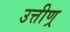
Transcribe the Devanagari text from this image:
उत्तीण्र